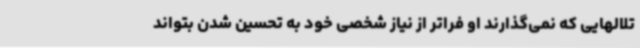
تلالهایی که نمی‌گذارند او فراتر از نیاز شخصی خود به تحسین شدن بتواند